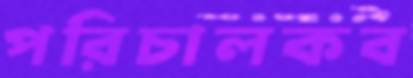
পরিচালকব